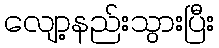
လျော့နည်းသွားပြီး